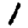
Digit: 1